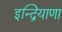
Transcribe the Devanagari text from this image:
इन्द्रियाणा